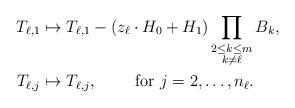
LaTeX: \begin{align*} T_{\ell,1}&\mapsto T_{\ell,1}-(z_\ell\cdot H_0+H_1)\prod_{\substack{2 \leq k\leq m\\ k\neq \ell}} B_k,\\ T_{\ell,j}&\mapsto T_{\ell,j},\qquad\mbox{ for } j=2,\ldots,n_\ell.\\\end{align*}